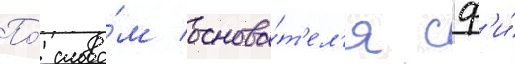
По́ слова́м основа́т'ел'я сф'и́